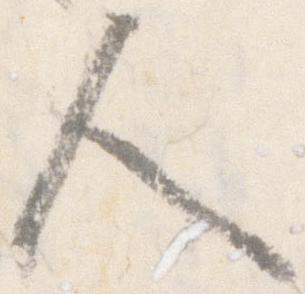
人